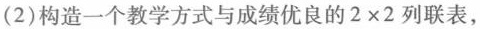
(2)构造一个教学方式与成绩优良的$$2 \times 2$$列联表，